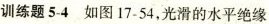
训练题5-4 如图17-54，光滑的水平绝缘